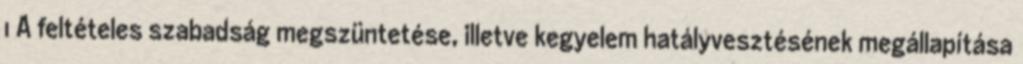
1 A feltételes szabadság megszüntetése, illetve kegyelem hatályvesztésének megállapítása